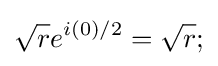
{\sqrt {r}}e^{i(0)/2}={\sqrt {r}};